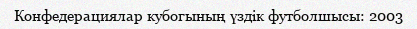
Конфедерациялар кубогының үздік футболшысы: 2003